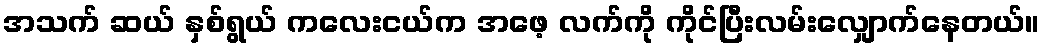
အသက် ဆယ် နှစ်ရွယ် ကလေးငယ်က အဖေ့ လက်ကို ကိုင်ပြီးလမ်းလျှောက်နေတယ်။